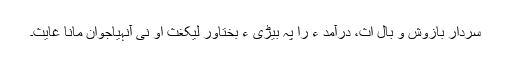
سردار بازوش و بال اث، درآمد ءَ را پہ بیڑی ءَ بختاور لیکغث او نی آنہیاجوان مانا غایث۔